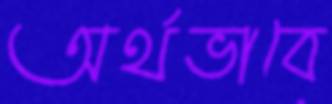
অর্থভাবে